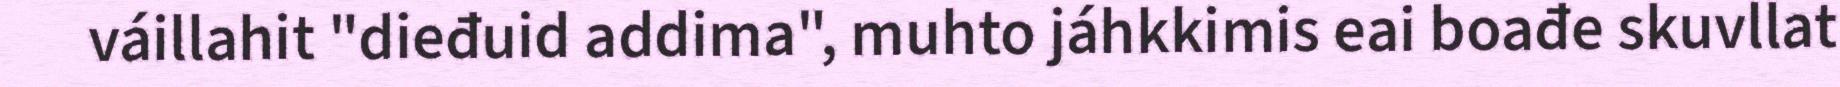
váillahit "dieđuid addima", muhto jáhkkimis eai boađe skuvllat